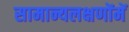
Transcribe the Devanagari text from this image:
सामान्यलक्षणोंमें